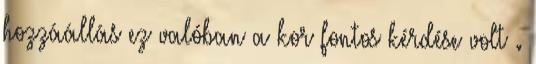
hozzáállás ez valóban a kor fontos kérdése volt .